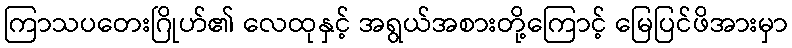
ကြာသပတေးဂြိုဟ်၏ လေထုနှင့် အရွယ်အစားတို့ကြောင့် မြေပြင်ဖိအားမှာ